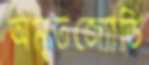
অমৃতজ্যোতি